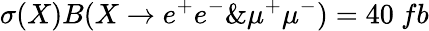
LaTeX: \sigma(X)B(X\to e^{+}e^{-}\& \mu^{+}\mu^{-})=40~fb